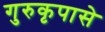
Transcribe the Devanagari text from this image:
गुरुकृपासे